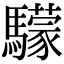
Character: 𩦺